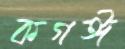
কগঈ